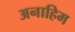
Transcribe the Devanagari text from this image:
अनाहिम